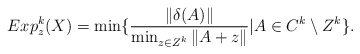
\begin{align*}Exp_z^k(X) = \min \{ \frac{\|\delta(A)\|}{\min_{z\in Z^k}\|A+z\|} | A \in C^k \setminus Z^k \}.\end{align*}